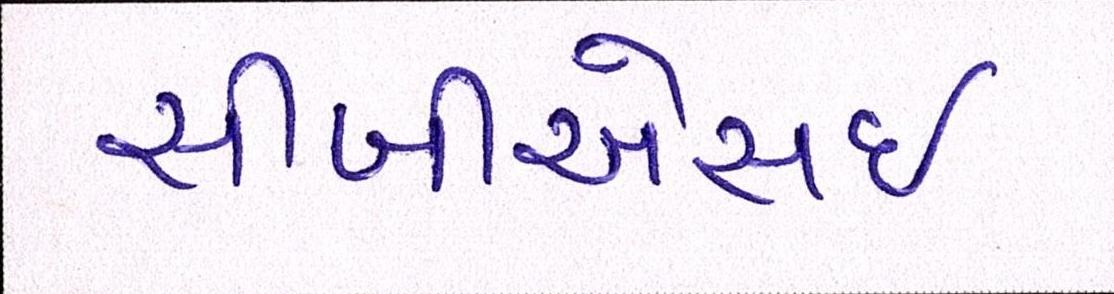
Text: સીબીએસઇ